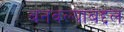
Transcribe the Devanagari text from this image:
बनवल्याबद्दल